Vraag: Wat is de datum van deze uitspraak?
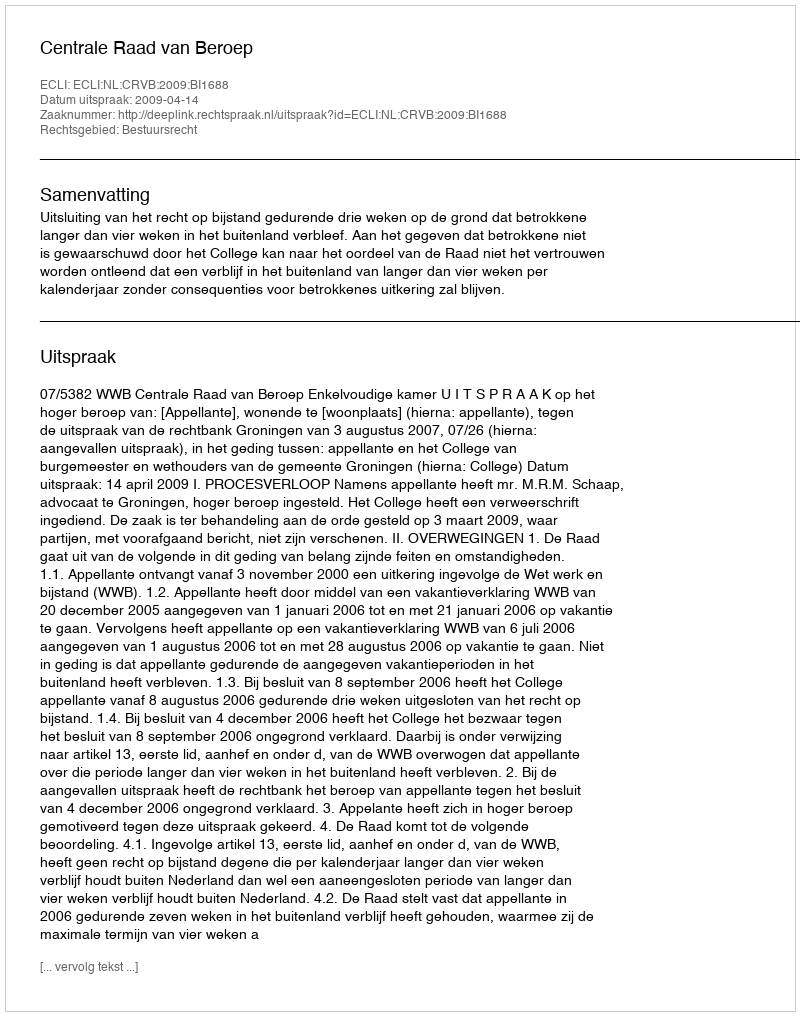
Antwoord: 2009-04-14